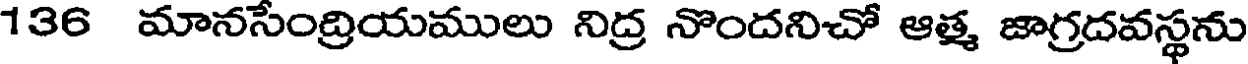
136 మానసేంద్రియములు నిద్ర నొందనిచో ఆత్మ జాగ్రదవస్థను